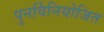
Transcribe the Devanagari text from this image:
पुनर्विनियोजित